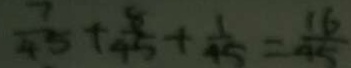
\frac { 7 } { 4 5 } + \frac { 8 } { 4 5 } + \frac { 1 } { 4 5 } = \frac { 1 6 } { 4 5 }